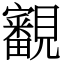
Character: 覾